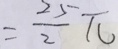
= \frac { 2 5 } { 2 } \pi